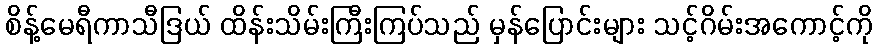
စိန့်မေရီကာသီဒြယ် ထိန်းသိမ်းကြီးကြပ်သည် မှန်ပြောင်းများ သင့်ဂိမ်းအကောင့်ကို